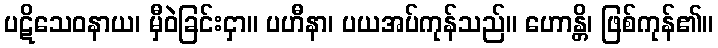
ပဋိသေဝနာယ၊ မှီဝဲခြင်းငှာ။ ပဟီနာ၊ ပယအပ်ကုန်သည်။ ဟောန္တိ၊ ဖြစ်ကုန်၏။